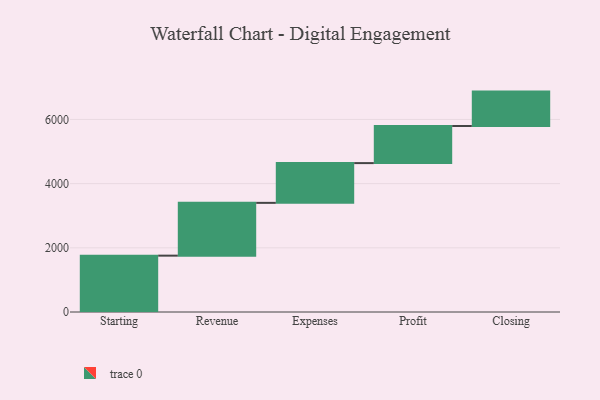
{"axis": {"x": "Step", "y": "Value"}, "legend": [""], "data": [{"x": "Starting", "y": 1756.0, "type": ""}, {"x": "Revenue", "y": 1645.0, "type": ""}, {"x": "Expenses", "y": 1239.0, "type": ""}, {"x": "Profit", "y": 1156.0, "type": ""}, {"x": "Closing", "y": 1072.0, "type": ""}]}